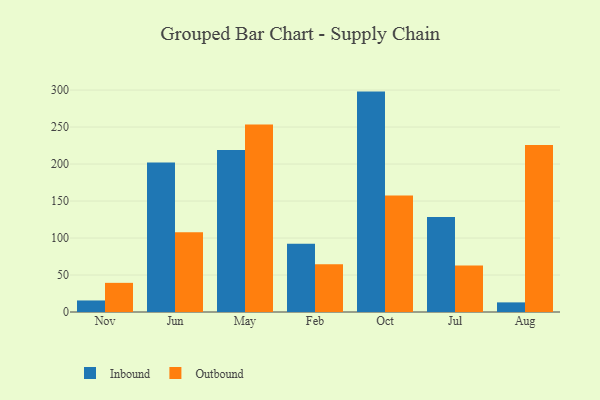
{"axis": {"x": "Month", "y": "Latency (ms)"}, "legend": ["Inbound", "Outbound"], "data": [{"x": "Nov", "y": 15.6, "type": "Inbound"}, {"x": "Nov", "y": 39.4, "type": "Outbound"}, {"x": "Jun", "y": 202.0, "type": "Inbound"}, {"x": "Jun", "y": 107.9, "type": "Outbound"}, {"x": "May", "y": 219.0, "type": "Inbound"}, {"x": "May", "y": 253.6, "type": "Outbound"}, {"x": "Feb", "y": 92.3, "type": "Inbound"}, {"x": "Feb", "y": 64.4, "type": "Outbound"}, {"x": "Oct", "y": 297.9, "type": "Inbound"}, {"x": "Oct", "y": 157.6, "type": "Outbound"}, {"x": "Jul", "y": 128.3, "type": "Inbound"}, {"x": "Jul", "y": 63.0, "type": "Outbound"}, {"x": "Aug", "y": 13.0, "type": "Inbound"}, {"x": "Aug", "y": 225.8, "type": "Outbound"}]}